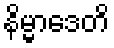
နိမ္မာဒေတိ